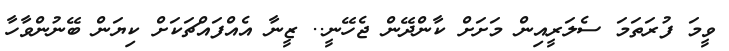
ވީމަ ފުރަތަމަ ސެލަރީއިން މަށަށް ކާންދޭން ޖެހޭނީ.. ޒީނާ އެއްފައްޗަކަށް ކިޔަން ބޭނުންވާހާ